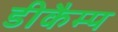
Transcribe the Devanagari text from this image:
डीकैम्प